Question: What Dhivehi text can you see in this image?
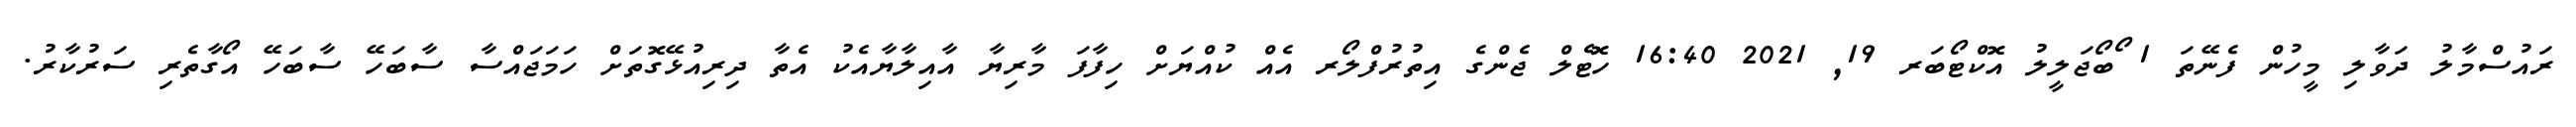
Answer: ރައުސްމާލު ދަވާލި މީހުން ފެނޭތަ 1 ޯބޯޖަލީލު އޮކްޓޯބަރ 19, 2021 16:40 ހޮޓެލް ޖެންގެ އިތުރުފްލޯރ އެއް ކުއްޔަށް ހިފާފަ މާރިޔާ އާއިލާޔާއެކު އެތާ ދިރިއުޅޭގޮތަށް ހަމަޖައްސާ ސާބަހޭ ސާބަހޭ އޯގާތެރި ސަރުކާރު.